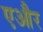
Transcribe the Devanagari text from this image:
एऔर